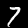
Label: 7